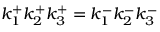
k _ { 1 } ^ { + } k _ { 2 } ^ { + } k _ { 3 } ^ { + } = k _ { 1 } ^ { - } k _ { 2 } ^ { - } k _ { 3 } ^ { - }